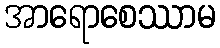
အာရောစေဿာမ